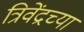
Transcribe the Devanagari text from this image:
त्रिवेंद्रच्या